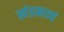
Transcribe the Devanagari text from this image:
खंडकाव्यं